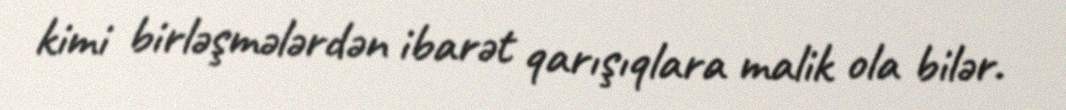
kimi birləşmələrdən ibarət qarışıqlara malik ola bilər.